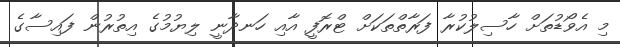
މި އެވޯޑުތަށް ހާސިލުކުރާ ފަރާތްތަކަށް ޓްރޮފީ އާއި ހަނދާނީ ލިޔުމުގެ އިތުރުން ފައިސާގެ